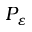
P _ { \varepsilon }